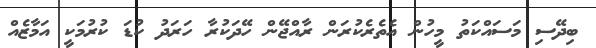
ބިދޭސި މަަސައްކަތު މީހުން އެތެރެކުރަން ރާއްޖޭން ހޭދަކުރާ ހަރަދު ކުޑަ ކުރުމަކީ އަމާޒެއް